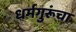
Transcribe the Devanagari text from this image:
धर्मगुरूंचा